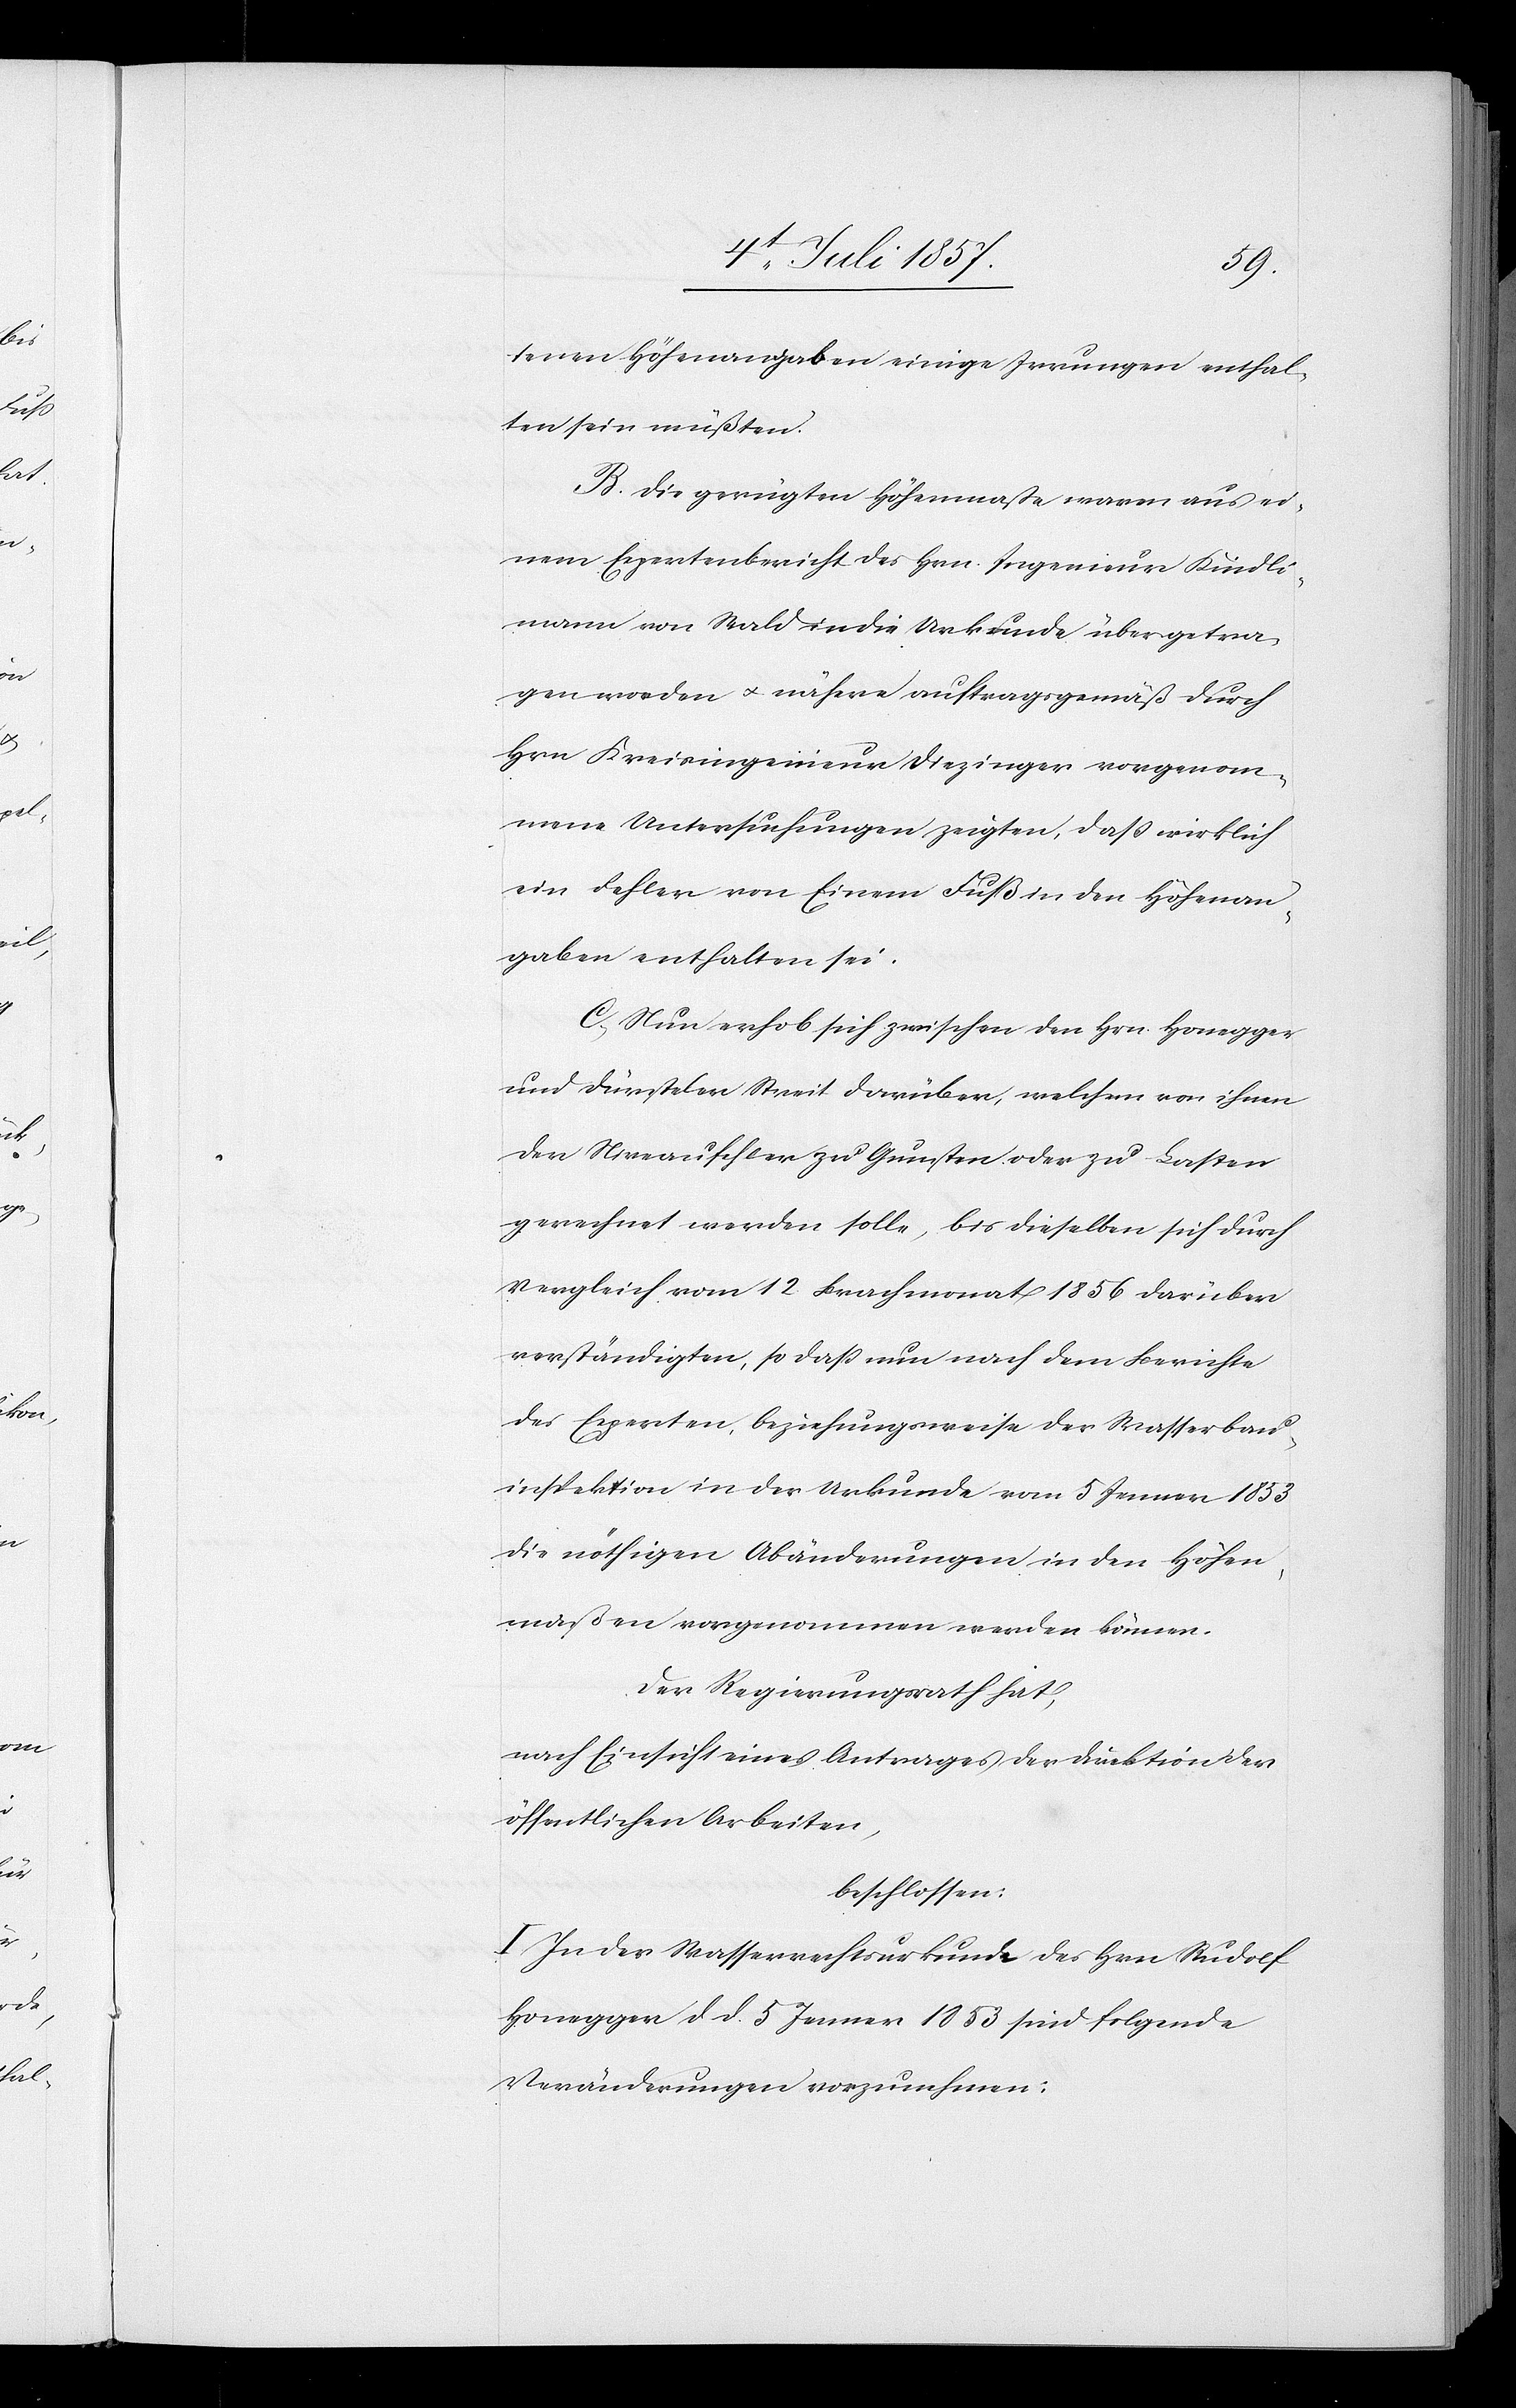
tenen Höhenangaben einige Irrungen enthal¬
ten sein müßten.
B. Die gerügten Höhenmasse waren aus ei¬
nem Expertenbericht des Hrn. Ingenieur Kindli¬
mann von Wald in die Urkunde übergetra¬
gen worden & nähere auftragsgemäß durch
Hrn. Kreisingenieur Diezinger vorgenom¬
mene Untersuchungen zeigten, daß wirklich
ein Fehler von Einem Fuß in den Höhenan¬
gaben enthalten sei.
C. Nun erhob sich zwischen den Hrn. Honegger
und Dürsteler Streit darüber, welchem von ihnen
der Niveaufehler zu Gunsten oder zu Lasten
gerechnet werden solle, bis dieselben sich durch
Vergleich vom 12 Brachmonat 1856 darüber
verständigten, so daß nun nach dem Berichte
des Experten, beziehungsweise der Wasserbau¬
inspektion in der Urkunde vom 5 Jenner 1853
die nöthigen Abänderungen in den Höhen¬
maßen vorgenommen werden können.
Der Regierungsrath hat,
nach Einsicht eines Antrages der Direktion der
öffentlichen Arbeiten,
beschlossen:
I. In der Wasserrechtsurkunde des Hrn. Rudolf
Honegger d. d. 5 Jenner 1853 sind folgende
Veränderungen vorzunehmen: